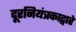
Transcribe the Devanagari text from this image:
दूरनियंत्रकाद्वारे